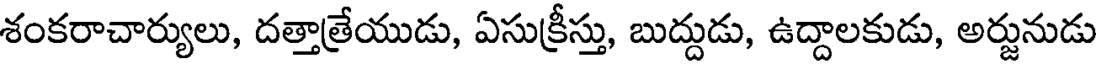
శంకరాచార్యులు, దత్తాత్రేయుడు, ఏసుక్రీస్తు, బుద్దుడు, ఉద్దాలకుడు, అర్జునుడు